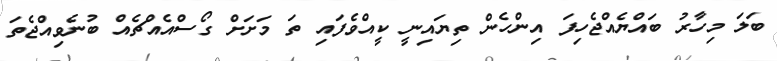
ބަލަ މިހާރު ބައްޔެއްޖެހިފަ އިންހެން ތިޔައިނީ ކީއްވެފައި ތަ މަށަށް ގޯސްއެއްޗެއް ބުނެވިއްޖެތަ